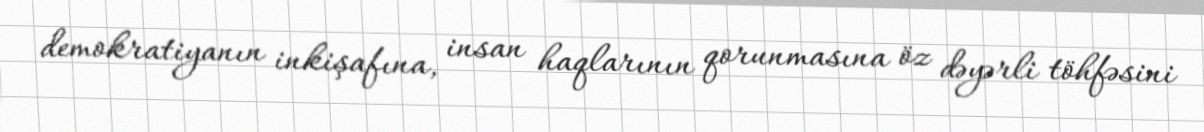
demokratiyanın inkişafına, insan haqlarının qorunmasına öz dəyərli töhfəsini